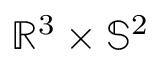
\mathbb { R } ^ { 3 } \times \mathbb { S } ^ { 2 }